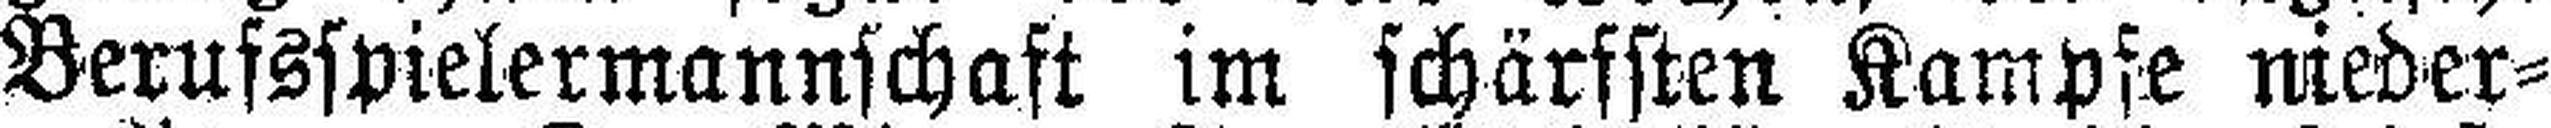
Berufsspielermannschaft im schärfsten Kampfe nieder¬